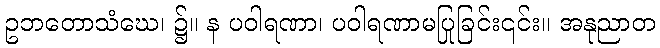
ဥဘတောသံဃေ၊ ၌။ န ပဝါရဏာ၊ ပဝါရဏာမပြုခြင်း၎င်း။ အနုညာတ